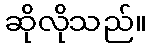
ဆိုလိုသည်။